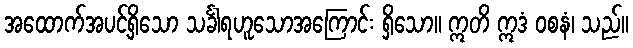
အထောက်အပင့်ရှိသော သင်္ခါရဟူသောအကြောင်း ရှိသော။ ဣတိ ဣဒံ ဝစနံ၊ သည်။